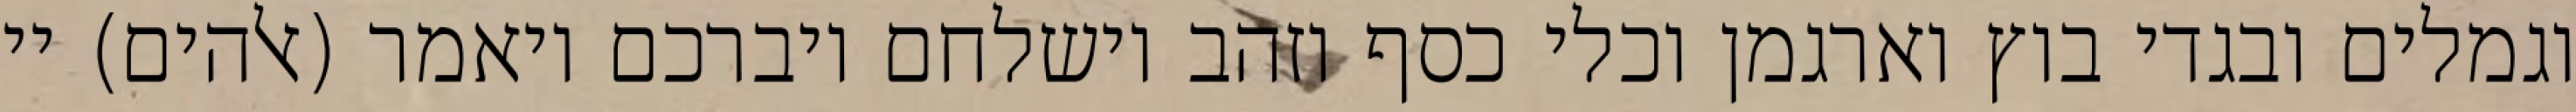
וגמלים ובגדי בוץ וארגמן וכלי כסף וזהב וישלחם ויברכם ויאמר (אלהים) יי